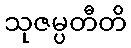
သုဇမ္ပတီတိ